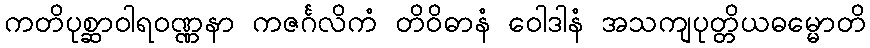
ကတိပုစ္ဆာဝါရဝဏ္ဏနာ ကဇင်္ဂလိကံ တိဝိဓာနံ ဝေါဒါနံ အသကျပုတ္တိယဓမ္မောတိ